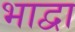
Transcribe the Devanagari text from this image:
भाद्वा